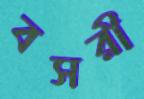
বসরী